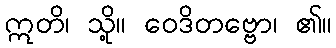
ဣတိ၊ သို့။ ဝေဒိတဗ္ဗော၊ ၏။